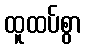
ထူထပ်စွာ